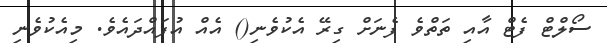
ސޯލްޓް ފެޓް އާއި ތަތްވެ ފެނަށް ގިރޭ އެކުވެނި() އެއް އުފައްދައެވެ. މިއެކުވެނި